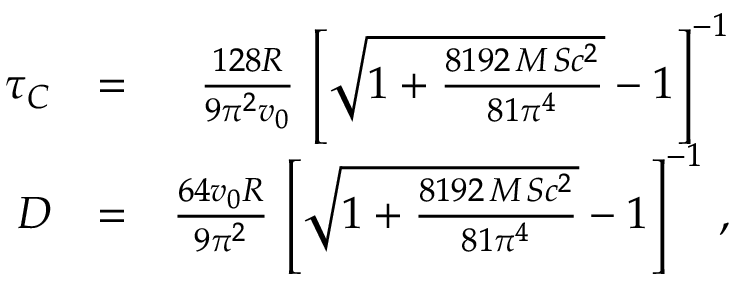
\begin{array} { r l r } { \tau _ { C } } & { = } & { { \frac { 1 2 8 R } { 9 \pi ^ { 2 } v _ { 0 } } } \, \left[ \sqrt { 1 + { \frac { 8 1 9 2 \, M \, S c ^ { 2 } } { 8 1 \pi ^ { 4 } } } } - 1 \right] ^ { - 1 } } \\ { D } & { = } & { { \frac { 6 4 v _ { 0 } R } { 9 \pi ^ { 2 } } } \, \left[ \sqrt { 1 + { \frac { 8 1 9 2 \, M \, S c ^ { 2 } } { 8 1 \pi ^ { 4 } } } } - 1 \right] ^ { - 1 } \, , } \end{array}